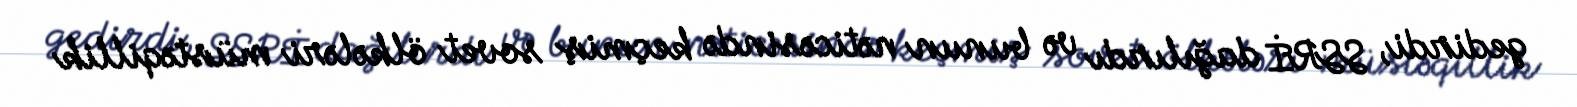
gedirdi, SSRİ dağılırdı və bunun nəticəsində keçmiş sovet ölkələri müstəqillik